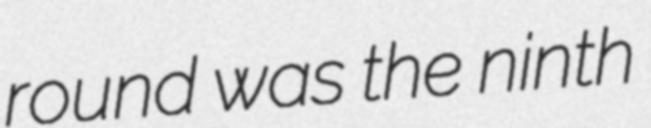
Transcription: round was the ninth